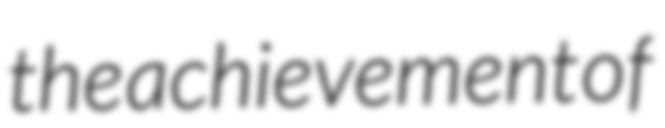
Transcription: the achievement of